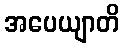
အပေယျာတိ